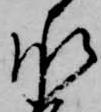
承